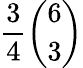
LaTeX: {\frac{3}{4}}{\binom{6}{3}}